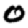
Digit: 0